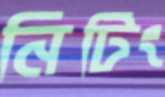
নিটিং